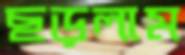
ছড়লাম